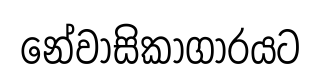
නේවාසිකාගාරයට